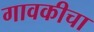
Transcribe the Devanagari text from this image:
गावकीचा